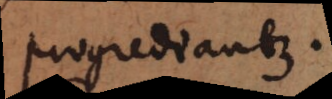
progrediantur.